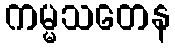
ကမ္မသတေန